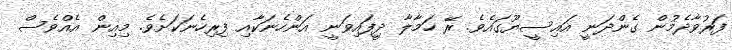
ފަރުވާދެމުން ގެންދަނީ އައިސީޔޫގައެވެ. ރޭ ހަމާލާ ދިީފައިވަނީ އަންހެނަކާއި ފިރިހެނަކަށެވެ. މިއިން އެއްވެސް